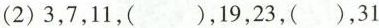
（2)3，7，11，()，19，23，()，31